Leprosy in India: report of the Leprosy Commission in India, 1890-91
Year: 1890
Disease focus: Leprosy
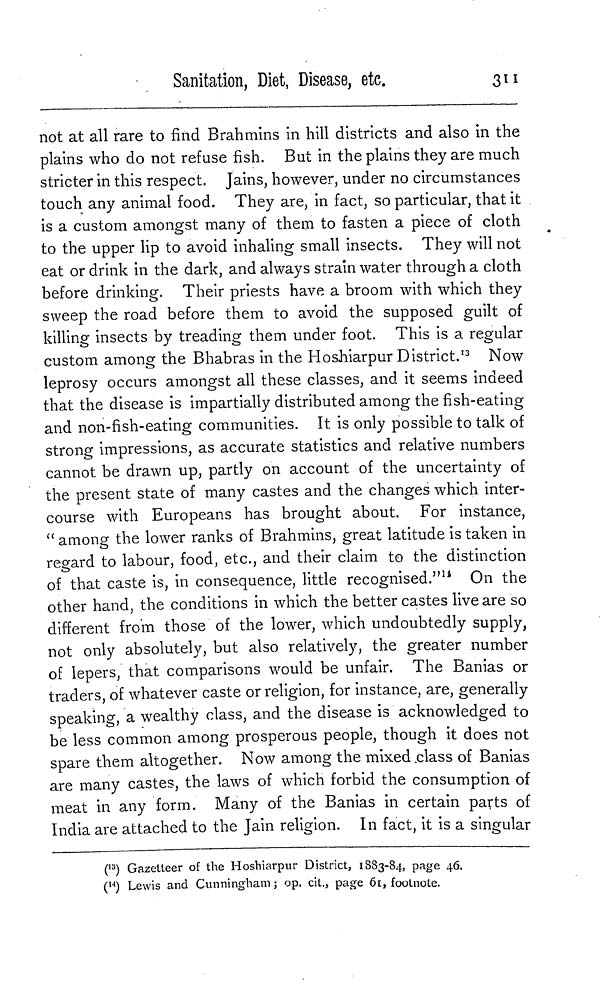
Sanitation, Diet, Disease, etc.
311
not at all rare to find Brahmins in hill districts and also in the
plains who do not refuse fish. But in the plains they are much
stricter in this respect. Jains, however, under no circumstances
touch any animal food. They are, in fact, so particular, that it
is a custom amongst many of them to fasten a piece of cloth
to the upper lip to avoid inhaling small insects. They will not
eat or drink in the dark, and always strain water through a cloth
before drinking. Their priests have a broom with which they
sweep the road before them to avoid the supposed guilt of
killing insects by treading them under foot. This is a regular
custom among the Bhabras in the Hoshiarpur District. 13 Now
leprosy occurs amongst all these classes, and it seems indeed
that the disease is impartially distributed among the fish-eating
and non-fish-eating communities. It is only possible to talk of
strong impressions, as accurate statistics and relative numbers
cannot be drawn up, partly on account of the uncertainty of
the present state of many castes and the changes which inter-
course with Europeans has brought about. For instance,
" among the lower ranks of Brahmins, great latitude is taken in
regard to labour, food, etc., and their claim to the distinction
of that caste is, in consequence, little recognised." 14 On the
other hand, the conditions in which the better castes live are so
different from those of the lower, which undoubtedly supply,
not only absolutely, but also relatively, the greater number
of lepers, that comparisons would be unfair. The Banias or
traders, of whatever caste or religion, for instance, are, generally
speaking, a wealthy class, and the disease is acknowledged to
be less common among prosperous people, though it does not
spare them altogether. Now among the mixed class of Banias
are many castes, the laws of which forbid the consumption of
meat in any form. Many of the Banias in certain parts of
India are attached to the Jain religion. In fact, it is a singular
( 13 ) Gazetteer of the Hoshiarpur District, 1883-84, page 46.
( 14 ) Lewis and Cunningham ; op. cit., page 61, footnote.